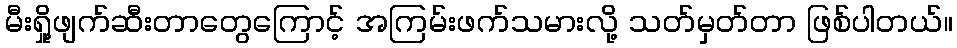
မီးရှို့ဖျက်ဆီးတာတွေကြောင့် အကြမ်းဖက်သမားလို့ သတ်မှတ်တာ ဖြစ်ပါတယ်။